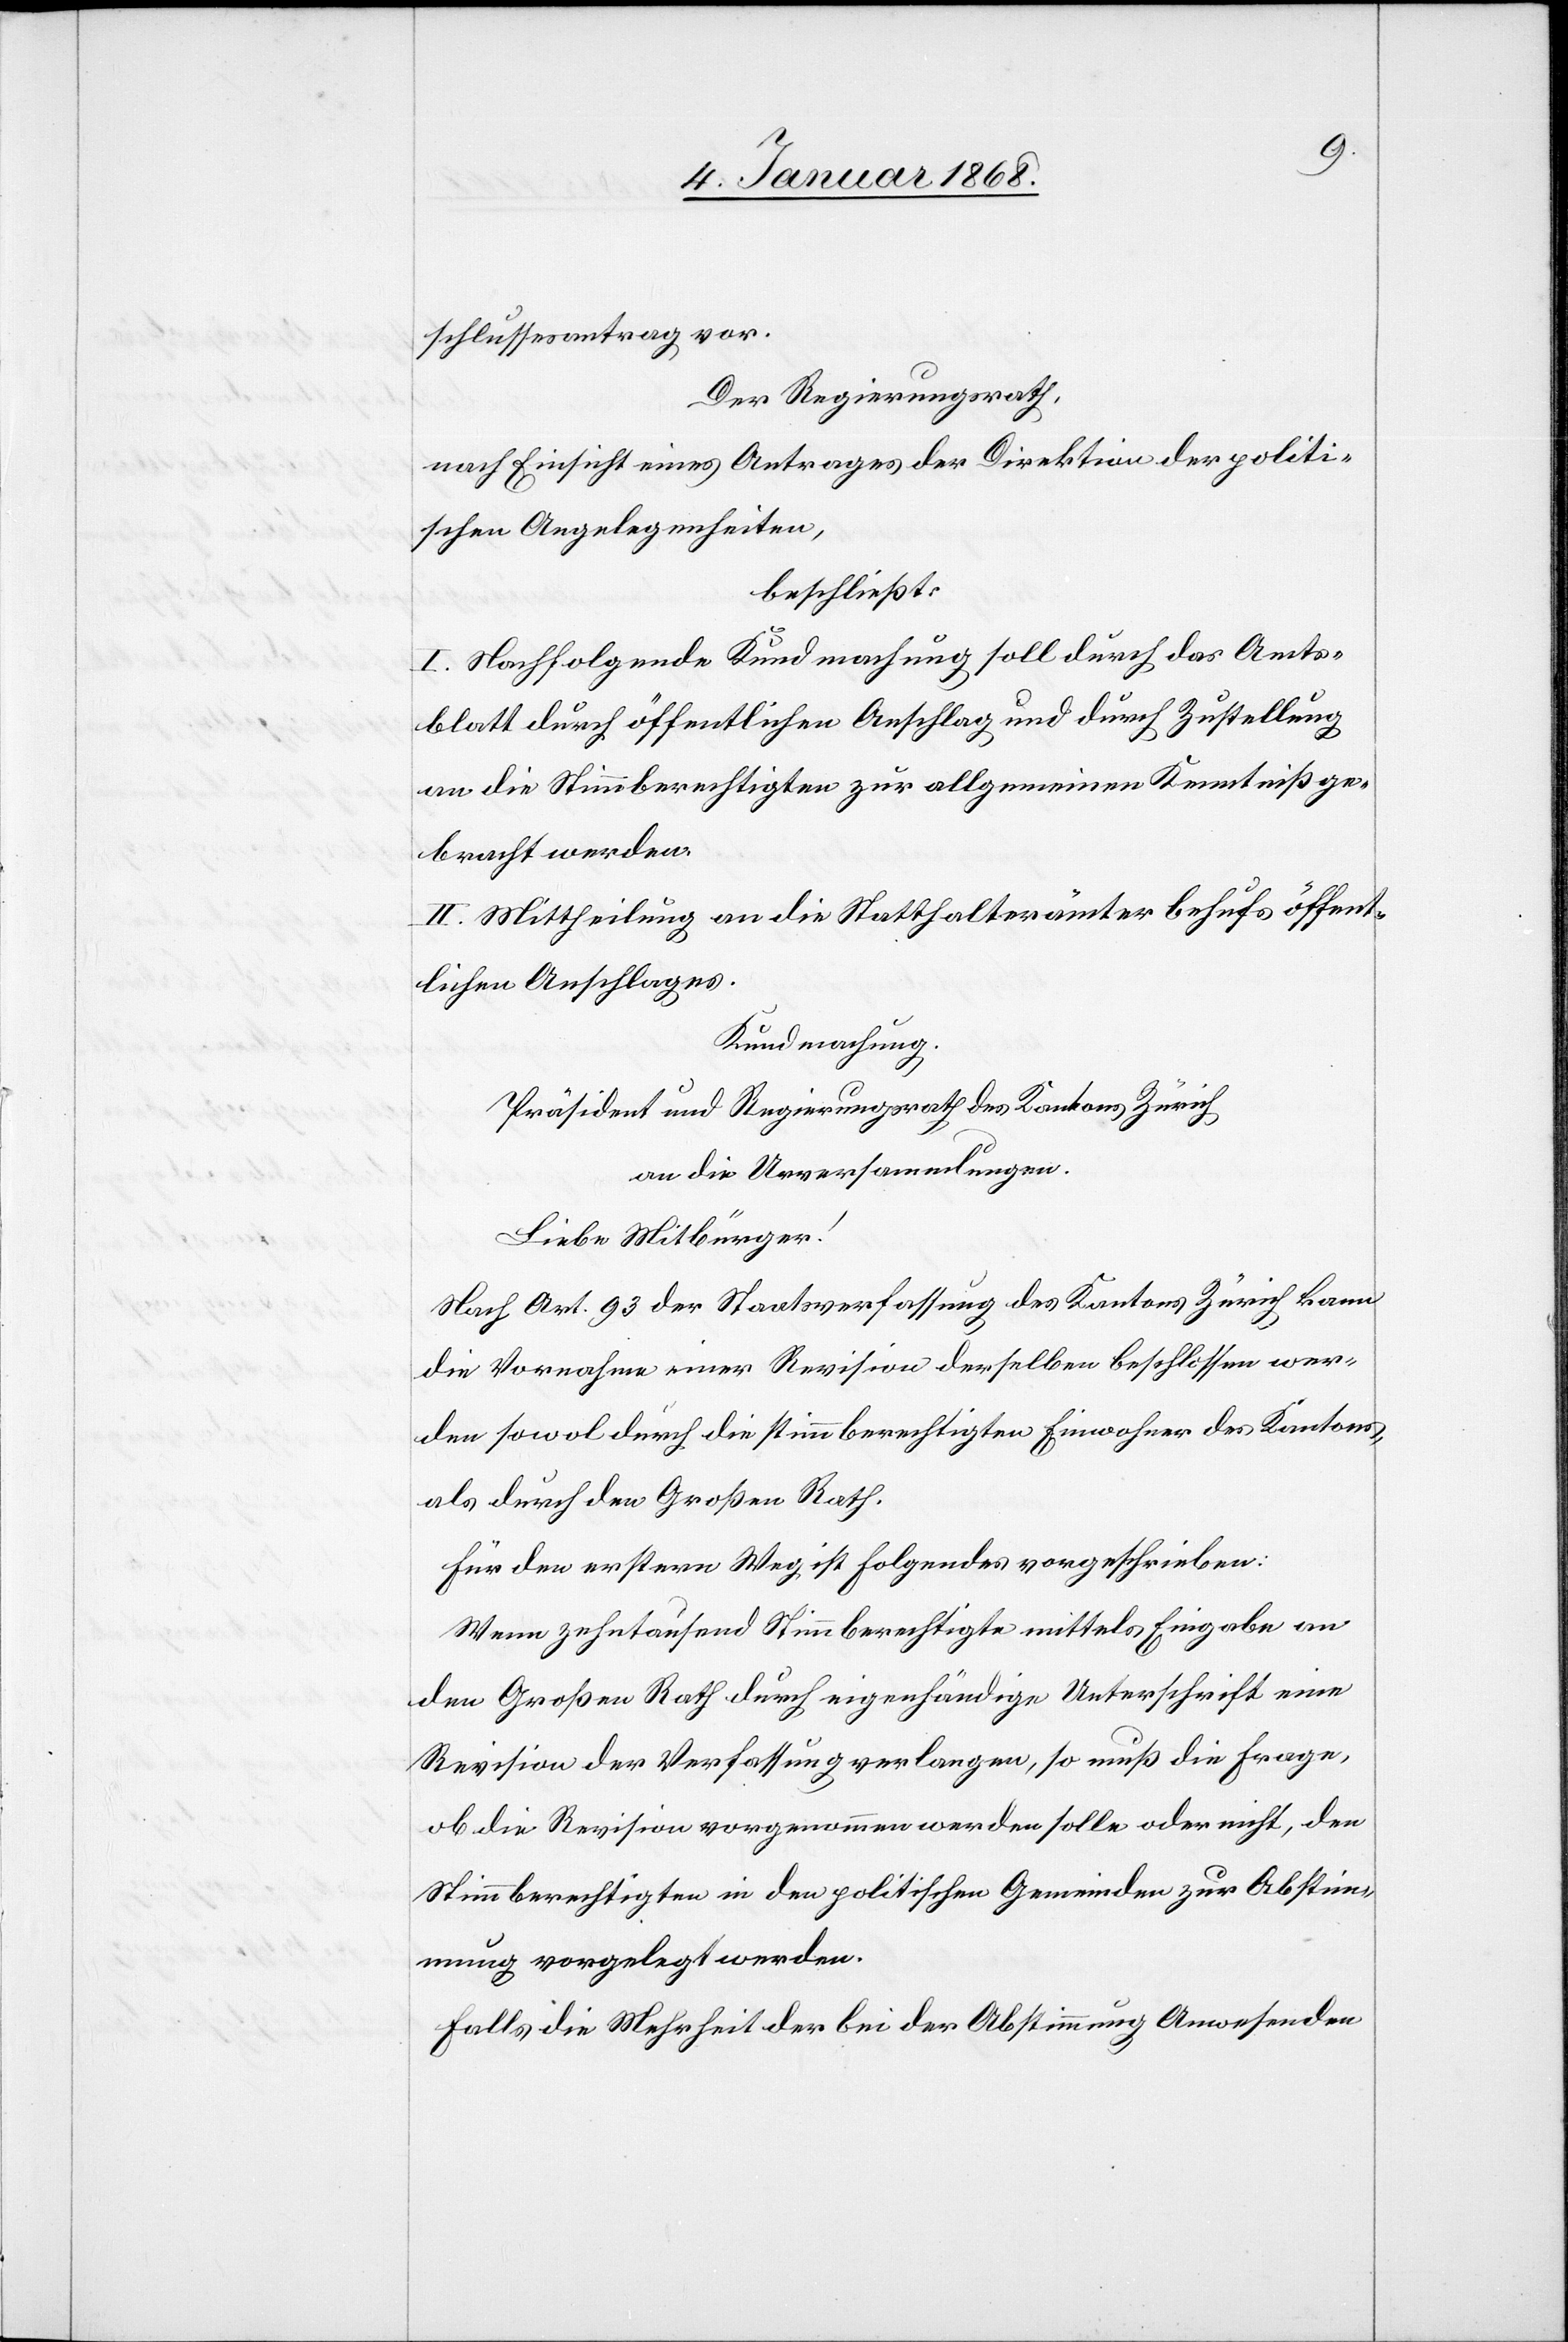
schlussesantrag vor.
Der Regierungsrath,
nach Einsicht eines Antrages der Direktion der politi¬
schen Angelegenheiten,
beschließt:
I. Nachfolgende Kundmachung soll durch das Amts¬
blatt durch öffentlichen Anschlag und durch Zustellung
an die Stimmberechtigten zur allgemeinen Kenntniß ge¬
bracht werden.
II. Mittheilung an die Statthalterämter behufs öffent¬
lichen Anschlages.
Kundmachung.
Präsident und Regierungsrath des Kantons Zürich
an die Urversammlungen.
Liebe Mitbürger!
Nach Art. 93 der Staatsverfassung des Kantons Zürich kann
die Vornahme einer Revision derselben beschlossen wer¬
den sowol durch die stimmberechtigten Einwohner des Kantons,
als durch den Großen Rath.
Für den erstern Weg ist Folgendes vorgeschrieben:
Wenn zehntausend Stimmberechtigte mittels Eingabe an
den Großen Rath durch eigenhändige Unterschrift eine
Revision der Verfassung verlangen, so muß die Frage,
ob die Revision vorgenommen werden solle oder nicht, den
Stimmberechtigten in den politischen Gemeinden zur Abstim¬
mung vorgelegt werden.
Falls die Mehrheit der bei der Abstimmung Anwesenden